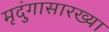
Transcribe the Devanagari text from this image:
मृदुंगासारख्या